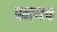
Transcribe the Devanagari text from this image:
प्रमथप